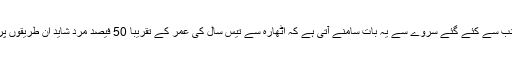
بی بی سی کی جانب سے کئے گئے سروے سے یہ بات سامنے آتی ہے کہ اٹھارہ سے تیس سال کی عمر کے تقریباً 50 فیصد مرد شاید ان طریقوں پر غور کرتے ہیں۔